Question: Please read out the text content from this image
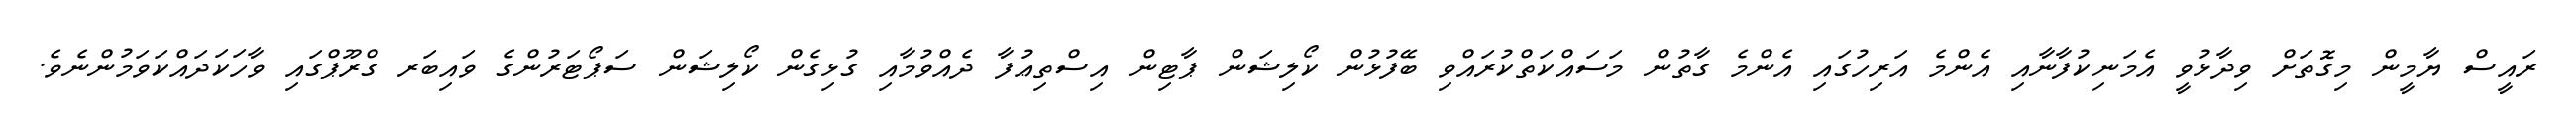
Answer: ރައީސް ޔާމީން މިގޮތަށް ވިދާޅުވީ އެމަނިކުފާނާއި އެންމެ އަރިހުގައި އެންމެ ގާތުން މަސައްކަތްކުރައްވި ބޭފުޅުން ކޯލިޝަން ޕާޓިން އިސްތިޢުފާ ދެއްވުމާއި ގުޅިގެން ކޯލިޝަން ސަޕޯޓަރުންގެ ވައިބަރ ގްރޫޕްގައި ވާހަކަދައްކަވަމުންނެވެ.